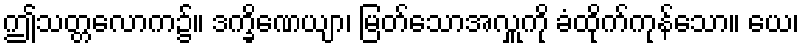
ဤသတ္တလောက၌။ ဒက္ခိဏေယျာ၊ မြတ်သောအလှူကို ခံထိုက်ကုန်သော။ ယေ၊